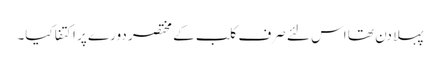
پہلا دن تھا اس لئے صرف کلب کے مختصر دورے پر اکتفا کیا۔